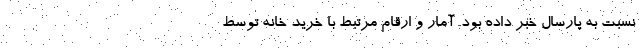
نسبت به پارسال خبر داده بود. آمار و ارقام مرتبط با خرید خانه توسط